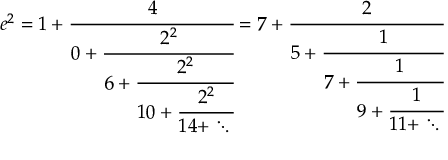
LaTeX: e ^ { 2 } = 1 + { \cfrac { 4 } { 0 + { \cfrac { 2 ^ { 2 } } { 6 + { \cfrac { 2 ^ { 2 } } { 1 0 + { \cfrac { 2 ^ { 2 } } { 1 4 + \ddots \, } } } } } } } } = 7 + { \cfrac { 2 } { 5 + { \cfrac { 1 } { 7 + { \cfrac { 1 } { 9 + { \cfrac { 1 } { 1 1 + \ddots \, } } } } } } } }